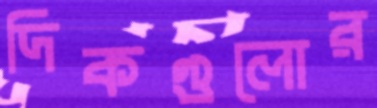
দিকগুলোর